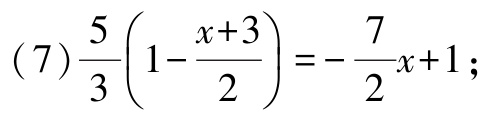
(7)$\frac{5}{3}\left(1 - \frac{x + 3}{2}\right)=-\frac{7}{2}x + 1$;